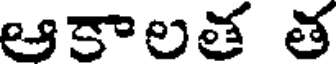
ఆకాలత త